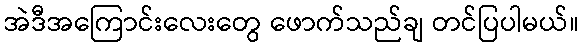
အဲဒီအကြောင်းလေးတွေ ဖောက်သည်ချ တင်ပြပါမယ်။